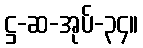
ဋ္ဌ-ဆ-အုပ်-၃၄။